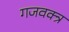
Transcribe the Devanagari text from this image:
गजवक्त्र